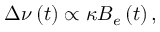
\Delta \nu \left( t \right) \propto \kappa B _ { e } \left( t \right) ,